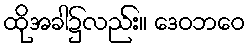
ထိုအခါ၌လည်း။ ဒေဝဘဝေ